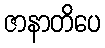
ဇာနာတိပေ